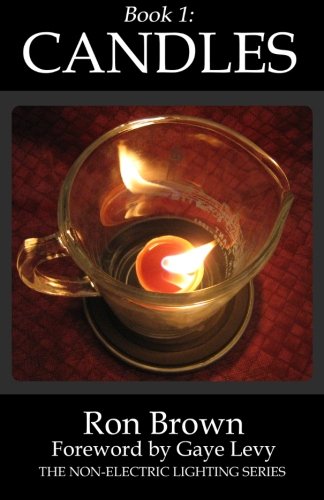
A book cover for Book 1:  Candles (The Non-Electric Lighting Series) (Volume 1); Ron Brown; Crafts, Hobbies & Home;